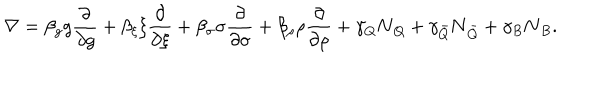
\nabla = \beta _ { g } g \frac { \partial } { \partial g } + \beta _ { \xi } \xi \frac { \partial } { \partial \xi } + \beta _ { \sigma } \sigma \frac { \partial } { \partial \sigma } + \beta _ { \rho } \rho \frac { \partial } { \partial \rho } + \gamma _ { Q } \mathbf { N } _ { Q } + \gamma _ { \bar { Q } } \mathbf { N } _ { \bar { Q } } + \gamma _ { B } \mathbf { N } _ { B } .